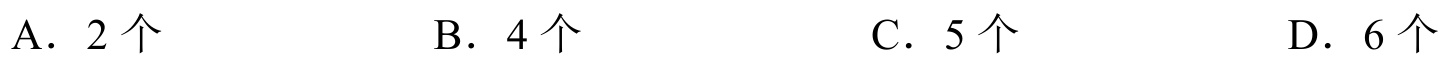
A．\(2\)个 \ \ \ \ \ B．\(4\)个 \ \ \ \ \ C．\(5\)个 \ \ \ \ \ D．\(6\)个